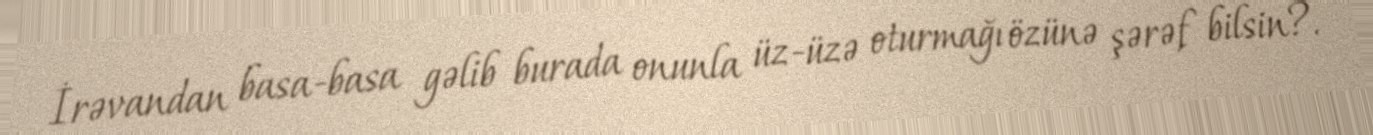
İrəvandan basa-basa gəlib burada onunla üz-üzə oturmağı özünə şərəf bilsin?.